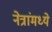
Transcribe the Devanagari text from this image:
नेत्रांमध्ये